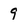
Character: 9